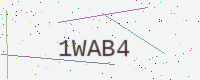
Text: 1WAB4